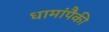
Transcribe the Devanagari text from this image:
धामांपैकी